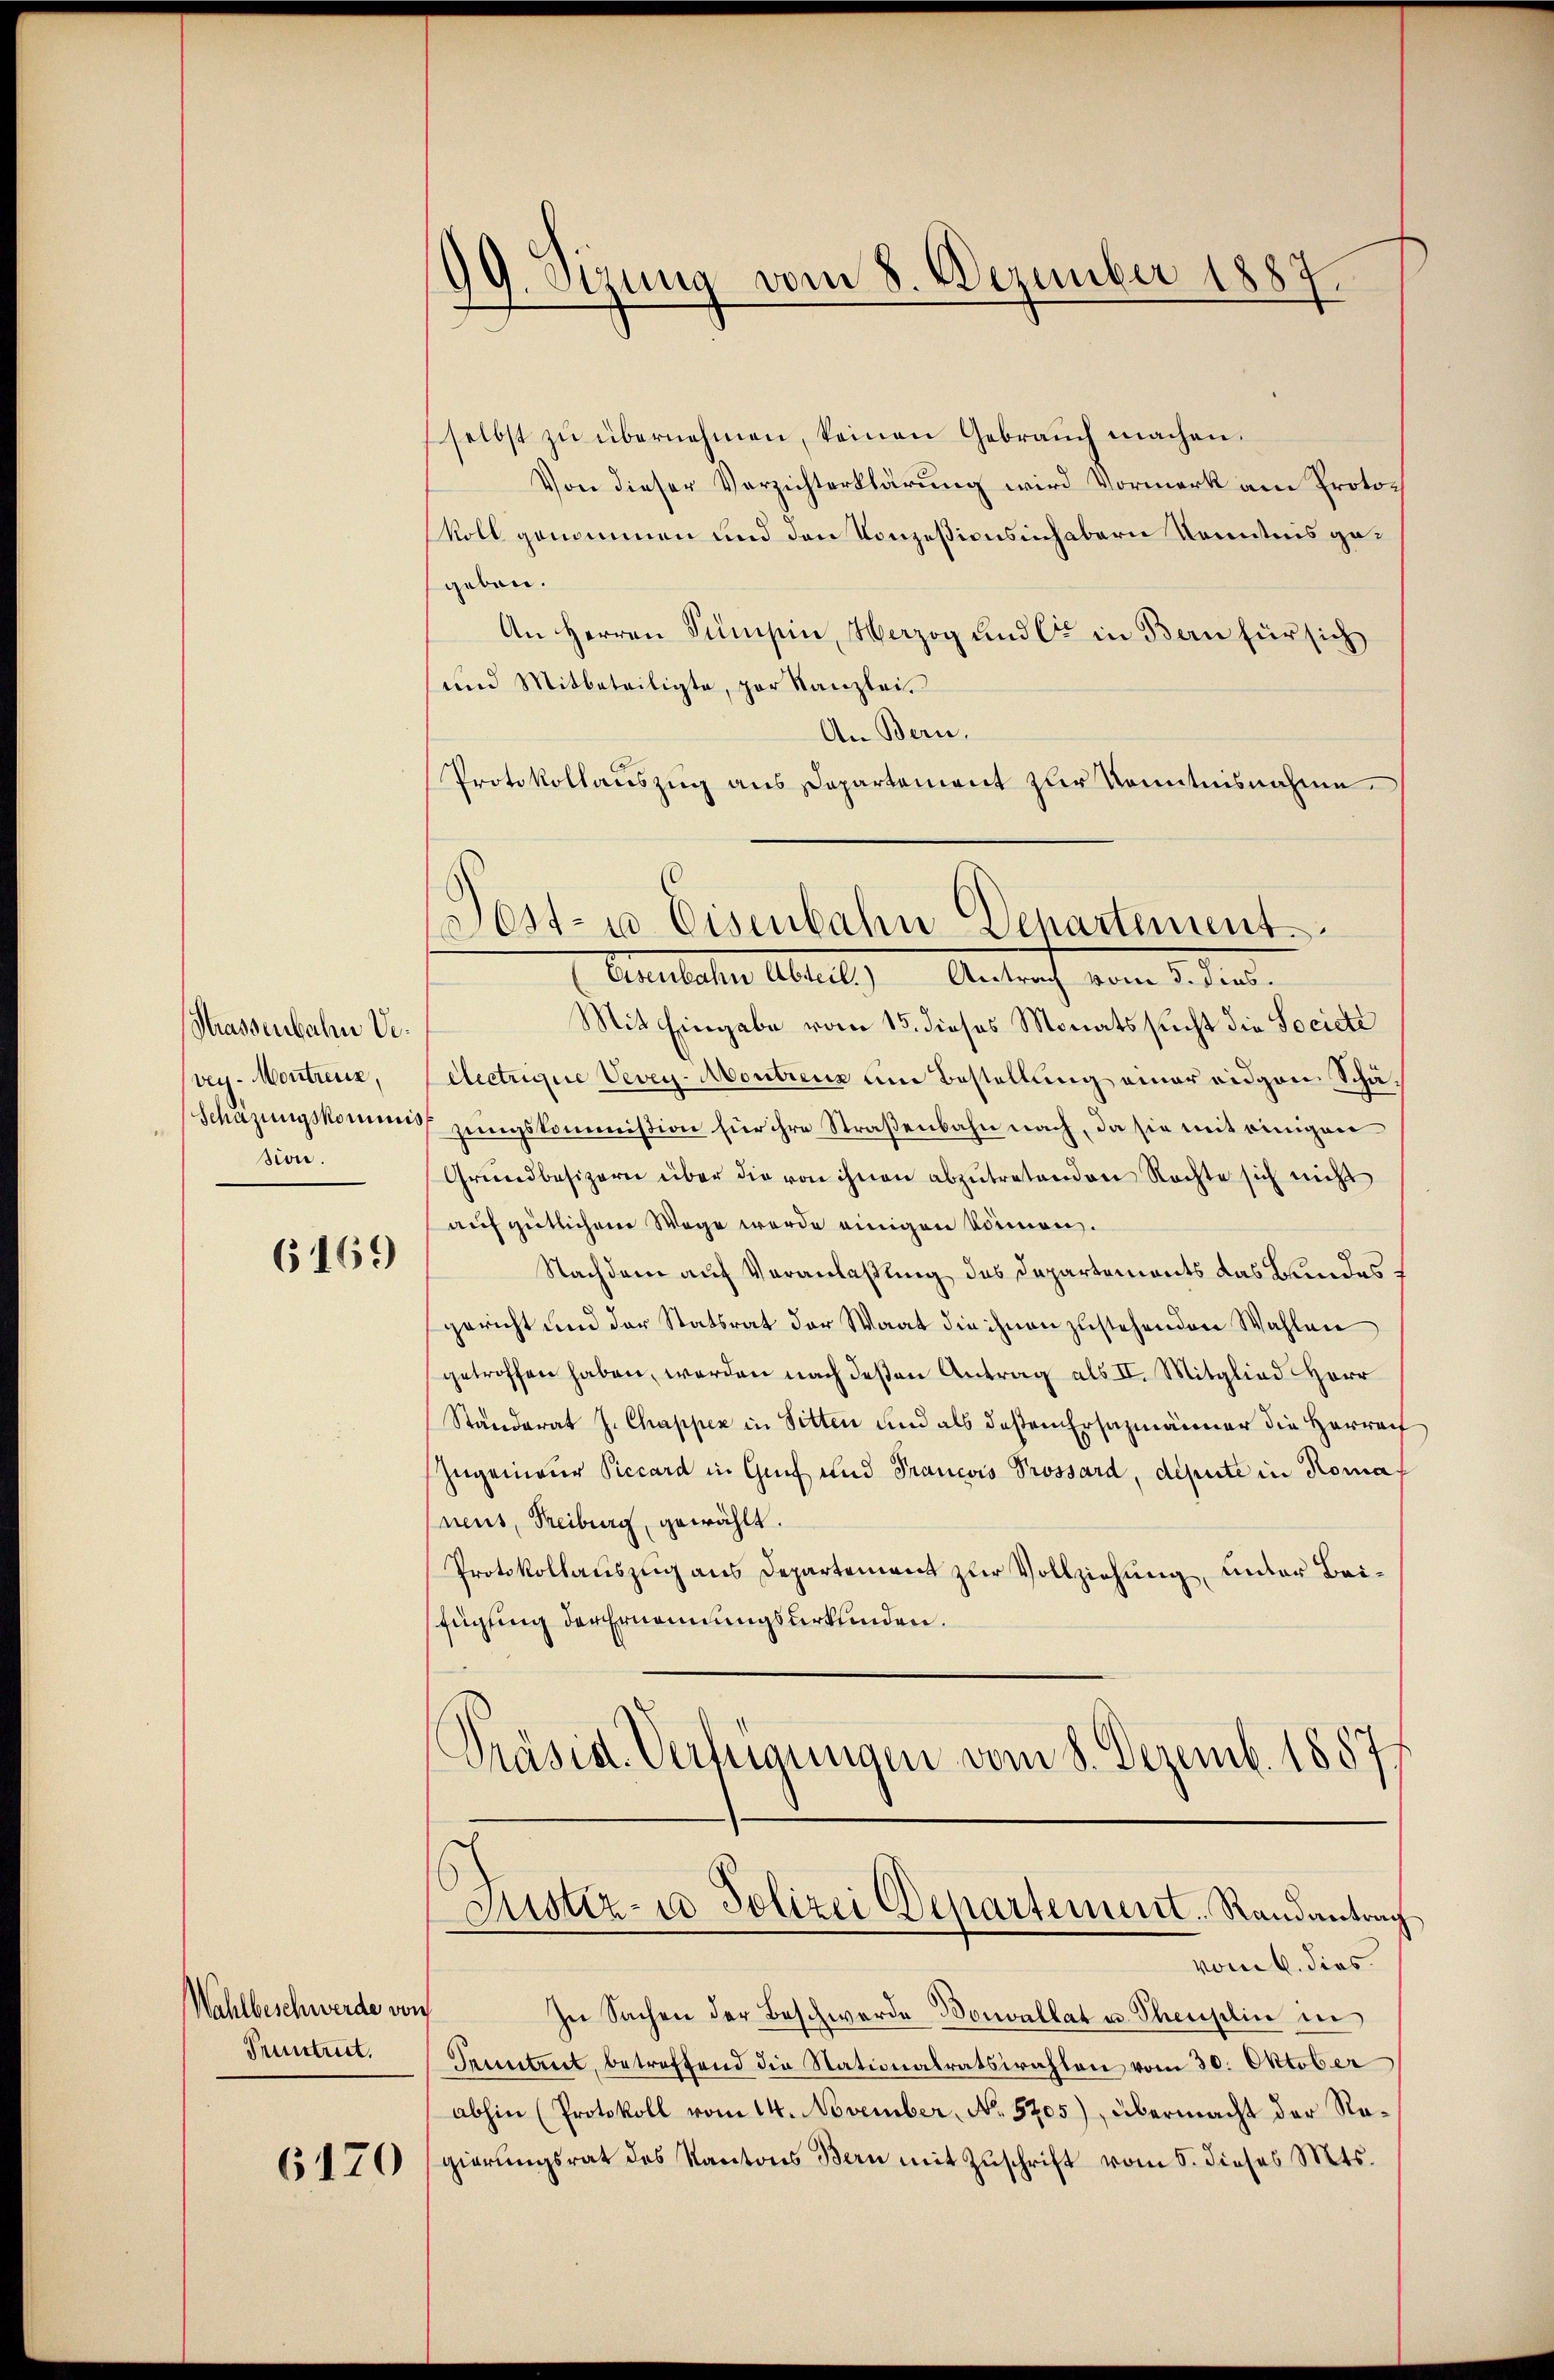
Strassenbahn Vevey-Montreuz,
Schazungskommis
sion.

6169

Wahlbeschwerde von
Pruntrut.

6170

99. Sizung vom 8. Dezember 1887.

Post- u Eisenbahn Departement
Eisenbahn Abteil.) Antrag vom 3. dies.

selbst zŭ übernehmen, keinen Gebrauch machen.
Von dieser Verzichterklärung wird Vormerk am Protokoll genommen und den Konzessionsinhabern Kenntnis gegeben.
An Herren Sumpin, Marzog und Cie in Bern für sich
und Mitbeteiligte, par Kanzlei.
An Bern.
Protokollauszug aus Departement zur Kenntnisnahme
Mit Eingabe vom 15. dieses Monats sucht die Societe
électrigue Vevey-Montreux um Bestellung einer eidgen Schägŭngskommission hier ihre Straßenbahn nach, da sie mit einigen
Grundbesizern über die von ihnen abzŭtretenden Nachte sich nicht
auf gütlichem Wege wurde einigen kommen.
Nachdem auf Veranlaßung des Departements das Bundes f
gericht und der Statsrat der Waat die ihnen zustehenden Wahlen
getroffen haben, werden nach deßen Antrag als II. Mitglied Herr
Ständerat J. Chappen in Sitten und als deßen Ersazmänner die Herreif
Zugenieur Piccard in Genf und Francois Prossard, depute in Romaneus, Freiburg, gewählt.
Protokollauszug aus Departement zur Vollziehung, unter Beifügung der Ernennungsurkunden.
Präsid. Verfeigungen vom 8. Dezemb. 1887

Qustiz- u Polizei Departement. Randantrag

vom 6. dies
In Sachen der Beschwerde Bonvallat u. Themselin in
Pruntrut, betreffend die Stationalratswahlen vom 30. Oktober
abhin (Protokoll vom 14. November, No. 5205), übermacht der Regierungsrat des Kantons Bern mit Zuschrift vom 5. dieses Mts.